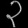
Digit: ၃